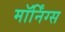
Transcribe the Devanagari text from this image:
मॉर्निंग्स